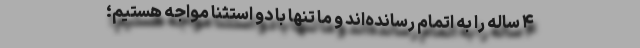
۴ ساله را به اتمام رسانده‌اند و ما تنها با دو استثنا مواجه هستیم؛